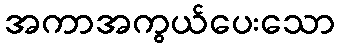
အကာအကွယ်ပေးသော